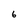
Character: 6